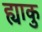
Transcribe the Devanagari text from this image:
ह्याकु